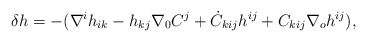
\begin{align*}\delta h=-(\nabla^ih_{ik}-h_{kj}\nabla_0C^j+\dot{C}_{kij}h^{ij}+C_{kij}\nabla_oh^{ij}),\end{align*}